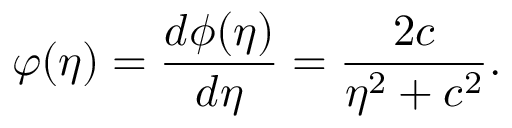
\varphi ( \eta ) = \frac { d \phi ( \eta ) } { d \eta } = \frac { 2 c } { \eta ^ { 2 } + c ^ { 2 } } .